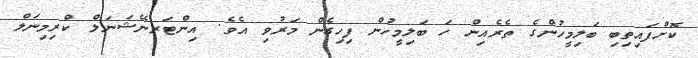
ކޮށްފައިތިބި ބަލިމީހުންގެ ތެރެއިން ހަ ބަލިމީހުން ފިހިގެން މަރުވި އެވެ. އިންޓަރނޭޝަނަލް ކްރިމިނަލް